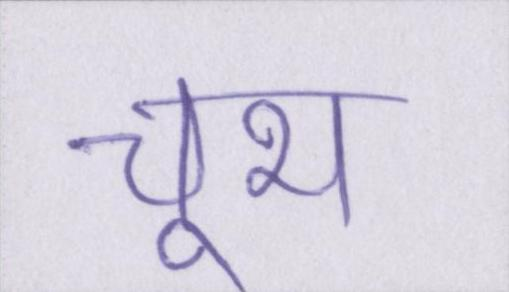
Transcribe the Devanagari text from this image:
चूभ